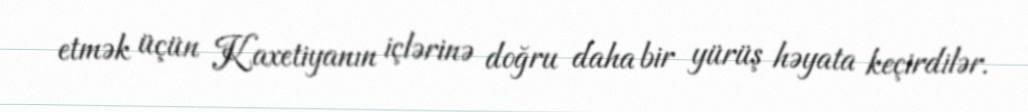
etmək üçün Kaxetiyanın içlərinə doğru daha bir yürüş həyata keçirdilər.